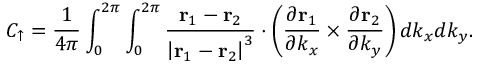
C _ { \uparrow } = \frac { 1 } { 4 \pi } \int _ { 0 } ^ { 2 \pi } \int _ { 0 } ^ { 2 \pi } \frac { \mathbf { r } _ { 1 } - \mathbf { r } _ { 2 } } { \left\vert \mathbf { r } _ { 1 } - \mathbf { r } _ { 2 } \right\vert ^ { 3 } } \cdot \left( \frac { \partial \mathbf { r } _ { 1 } } { \partial k _ { x } } \times \frac { \partial \mathbf { r } _ { 2 } } { \partial k _ { y } } \right) d k _ { x } d k _ { y } .